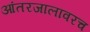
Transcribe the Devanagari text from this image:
आंतरजालावरच